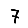
Digit: 7